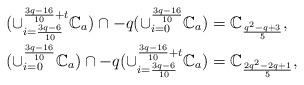
LaTeX: \begin{align*}(\cup_{i=\frac{3q-6}{10}}^{\frac{3q-16}{10}+t}\mathbb{C}_{a})\cap-q(\cup_{i=0}^{\frac{3q-16}{10}}\mathbb{C}_{a})&=\mathbb{C}_\frac{q^2-q+3}{5},\\(\cup_{i=0}^{\frac{3q-16}{10}}\mathbb{C}_{a})\cap-q(\cup_{i=\frac{3q-6}{10}}^{\frac{3q-16}{10}+t}\mathbb{C}_{a})&=\mathbb{C}_\frac{2q^2-2q+1}{5},\end{align*}